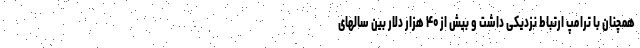
همچنان با ترامپ ارتباط نزدیکی داشت و بیش از ۴۰ هزار دلار بین سالهای